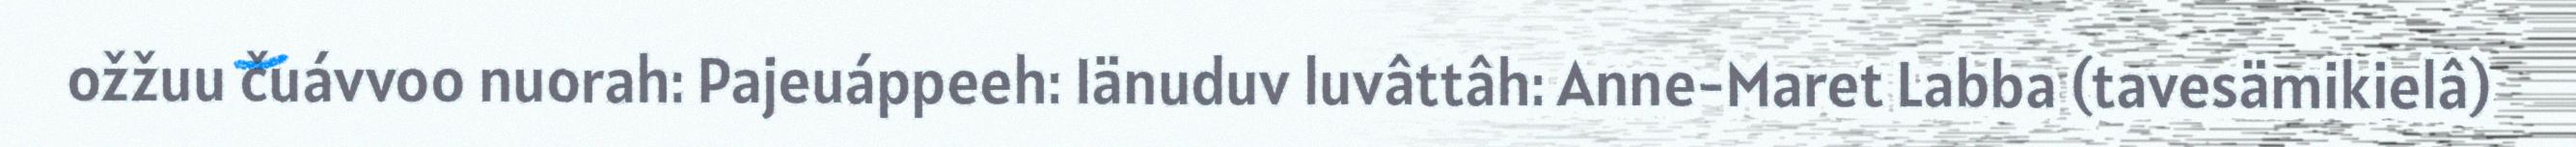
ožžuu čuávvoo nuorah: Pajeuáppeeh: Iänuduv luvâttâh: Anne-Maret Labba (tavesämikielâ)